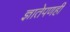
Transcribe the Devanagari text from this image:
ज्ञातेपणही